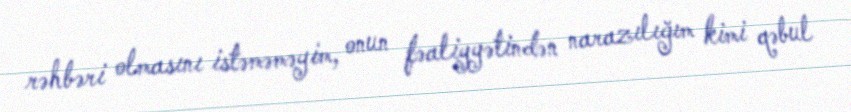
rəhbəri olmasını istəməməyim, onun fəaliyyətindən narazılığım kimi qəbul